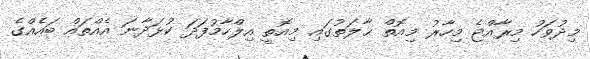
މިދުވަހު މިރާއްޖެ މިހާރު މިއޮތް ޙާލަތުގައި މިއޮތީ އިލްހާމުފަދަ ކުޅަދާނަ އެއްތައް ބައެއްގެ